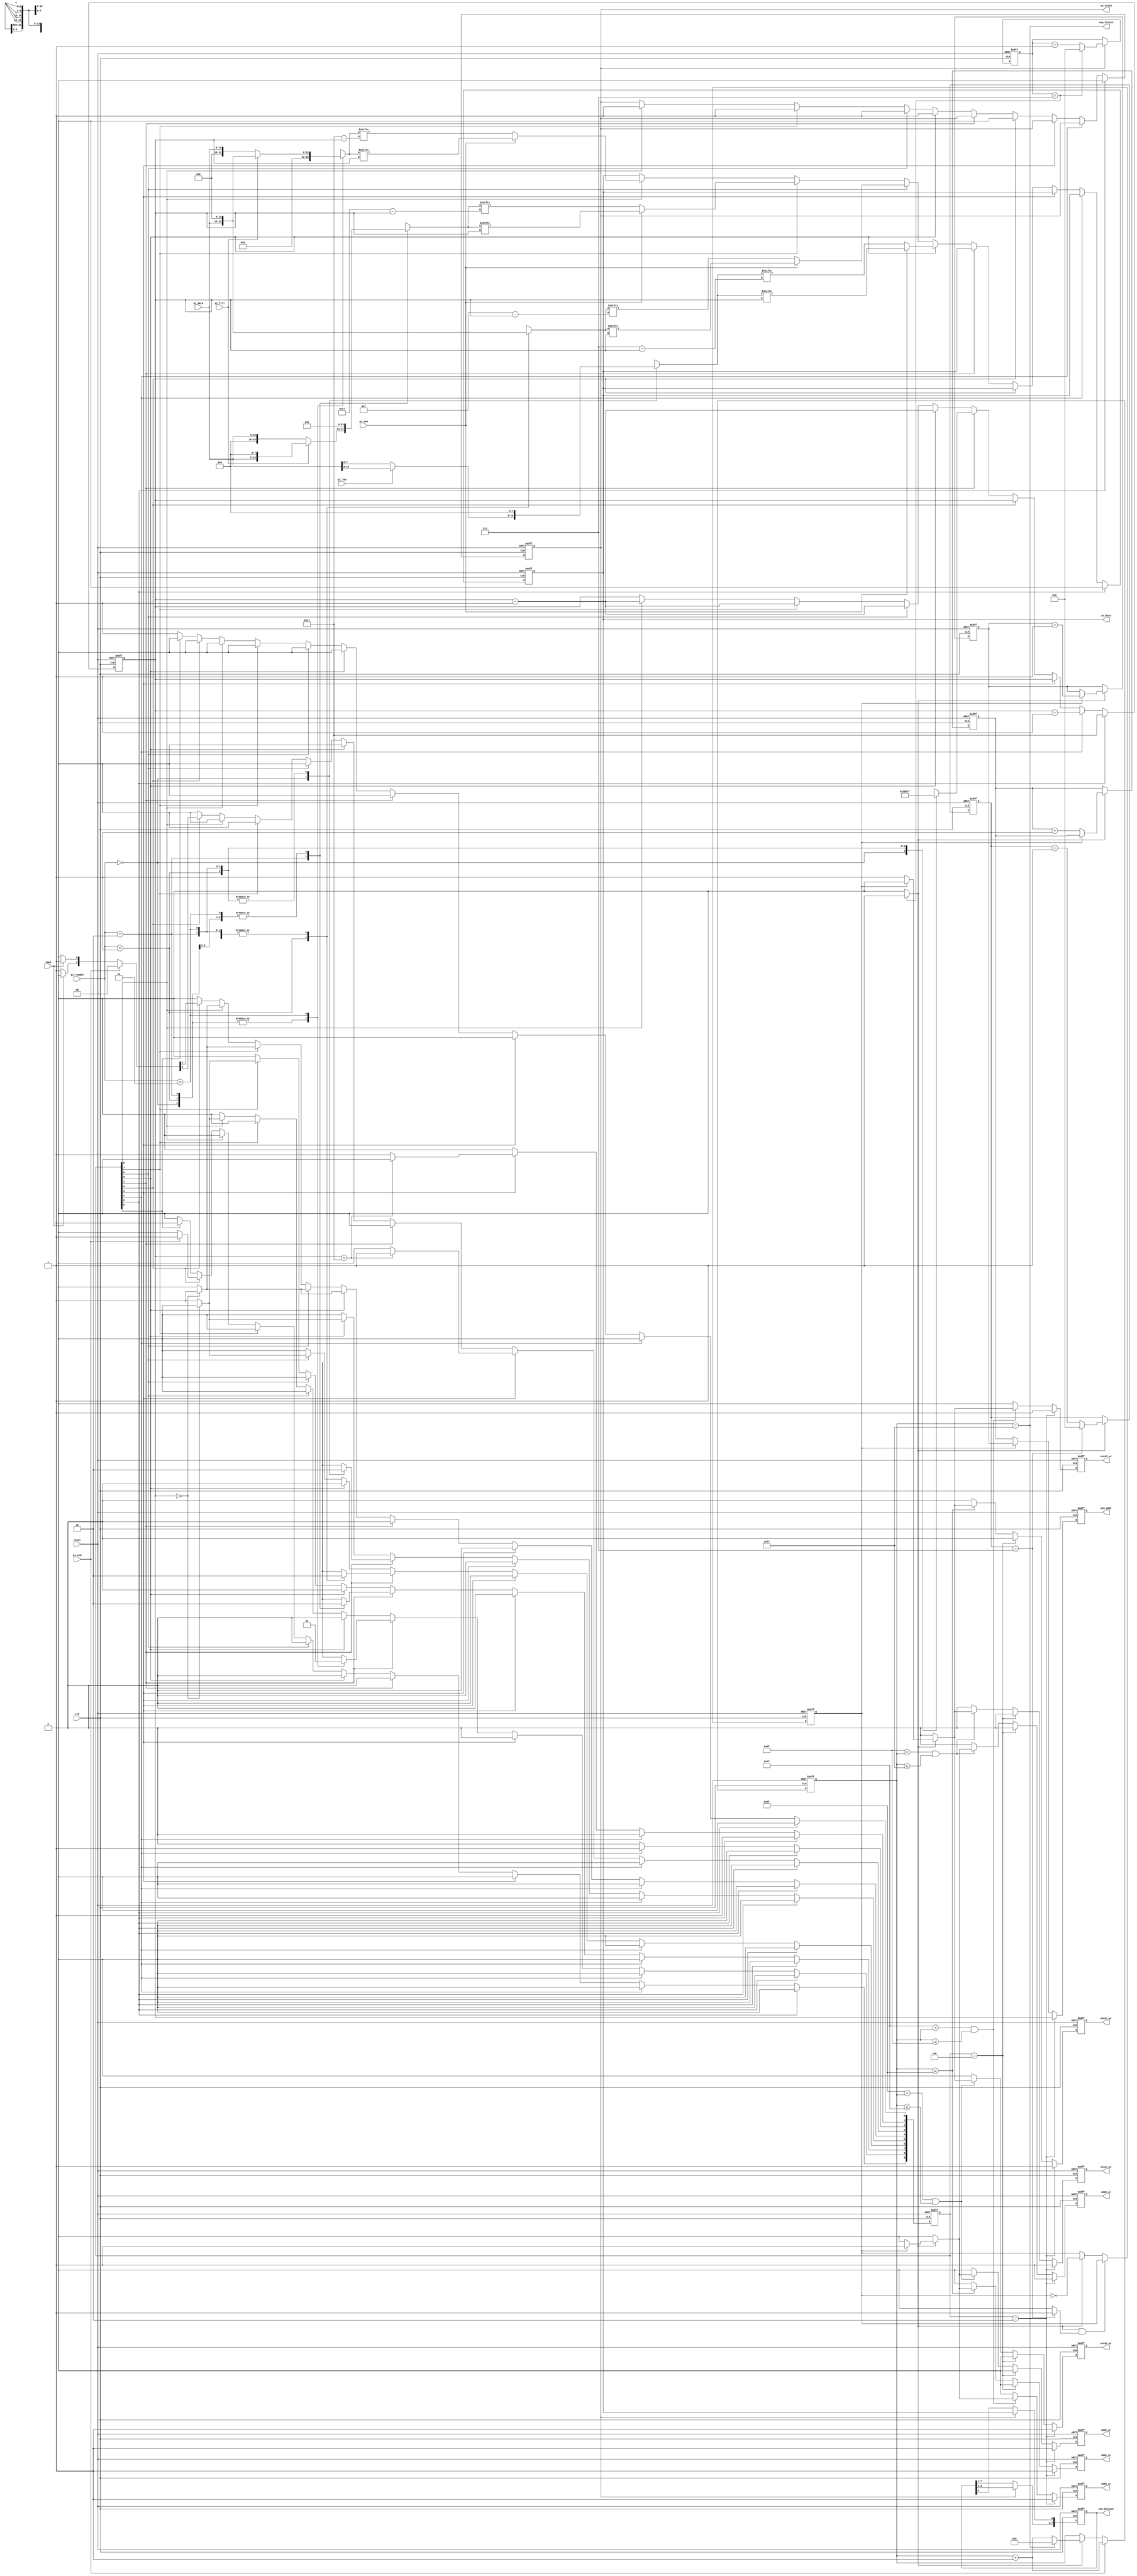
module STI_DAC(clk ,reset, load, pi_data, pi_length, pi_fill, pi_msb, pi_low, pi_end,
	       so_data, so_valid,
	       oem_finish, oem_dataout, oem_addr,
	       odd1_wr, odd2_wr, odd3_wr, odd4_wr, even1_wr, even2_wr, even3_wr, even4_wr);

input		clk, reset;
input		load, pi_msb, pi_low, pi_end; 
input	[15:0]	pi_data;
input	[1:0]	pi_length;
input		pi_fill;
output	reg so_data, so_valid;
output  reg odd1_wr, odd2_wr, odd3_wr, odd4_wr, even1_wr, even2_wr, even3_wr, even4_wr;
output oem_finish;
output  reg [4:0] oem_addr;
output   [7:0] oem_dataout;

//==============================================================================
/// write my code here

parameter IDLE = 0,	  
		  CLEAR = 1,
		  CLEAR2 = 2,
		  READ = 3,
		  WAIT = 4,
		  DATA_OUT8 = 5,
		  DATA_OUT16 = 6,
		  DATA_OUT24 = 7,
		  DATA_OUT32 = 8,
		  DONE = 9;

reg [9:0] cs, ns;


//var for seqential logic
reg [7:0] o_8bit;
reg [15:0] o_16bit;
reg [23:0] o_24bit;
reg [31:0] o_32bit;
reg [4:0] so_cnt;

wire [0:7] o_8bit_rev;
wire [0:15] o_16bit_rev;
wire [0:23] o_24bit_rev;
wire [0:31] o_32bit_rev;

///comobintation logic

always@(*)begin
	case(pi_length)
		2'b00:begin
			o_8bit = (pi_low)? (pi_data[15:8]):(pi_data[7:0]);
			o_16bit = 'd0;
			o_24bit = 'd0;
			o_32bit = 'd0;
		end
		2'b01: begin
			o_8bit = 'd0;
			o_16bit = pi_data;
			o_24bit = 'd0;
			o_32bit = 'd0;
		end
		2'b10: begin
			o_8bit = 'd0;
			o_16bit = 'd0;
			o_24bit = (pi_fill)? ({pi_data,{8'd0}}):({{8'd0},pi_data});
			o_32bit = 'd0;
		end
		2'b11:begin
			o_8bit = 'd0;
			o_16bit = 'd0;
			o_24bit = 'd0;
			o_32bit = (pi_fill)? ({pi_data,{16'd0}}):({{16'd0},pi_data});
		end
	endcase
end
assign o_8bit_rev[0:7] = o_8bit[7:0];
assign o_16bit_rev[0:15] = o_16bit[15:0];
assign o_24bit_rev[0:23] = o_24bit[23:0];
assign o_32bit_rev[0:31] = o_32bit[31:0];

///FSM HERE
// cs logic
always@(posedge clk or posedge reset)begin
	if(reset)begin
		cs <= 'd0;
		cs[IDLE] <= 1'd1;
	end
	else cs <= ns;
end
// after clear jump to read
//ns logic
always@(*)begin
	ns = 'd0;
	case(1'd1)
		cs[IDLE]: ns[CLEAR] = 1'd1;
		cs[CLEAR]: ns[CLEAR2] = 1'd1;
		cs[CLEAR2]: begin
			if(so_cnt == 'd31) ns[READ] = 1'd1;
			else ns[CLEAR] = 1'd1;
		end
		cs[READ]:begin
			case(pi_length)
				2'b00: ns[DATA_OUT8] = 1'd1;
				2'b01: ns[DATA_OUT16] = 1'd1;
				2'b10: ns[DATA_OUT24] = 1'd1;
				2'b11: ns[DATA_OUT32] = 1'd1;
			endcase
		end
		cs[DATA_OUT8]:begin
			if(so_cnt == 5'd0) ns[WAIT] = 1'd1;
			else ns[DATA_OUT8] = 1'd1;
		end
		cs[DATA_OUT16]:begin
			if(so_cnt == 5'd0) ns[WAIT] = 1'd1;
			else ns[DATA_OUT16] = 1'd1;
		end
		cs[DATA_OUT24]:begin
			if(so_cnt == 5'd0) ns[WAIT] = 1'd1;
			else ns[DATA_OUT24] = 1'd1;
		end
		cs[DATA_OUT32]:begin
			if(so_cnt == 5'd0) ns[WAIT] = 1'd1;
			else ns[DATA_OUT32] = 1'd1;
		end
		cs[WAIT]:begin
			if(pi_end) ns[DONE] = 1'd1;
			else if(load) ns[READ] = 1'd1;
			else ns[WAIT] = 1'd1;
		end
		cs[DONE]: ns[DONE] = 1'd1;
		default: ns[IDLE] = 1'd1;
	endcase
end

//registered output logic
always@(posedge clk or posedge reset)begin
	if(reset)begin
		so_data <= 1'd0;
		so_valid <= 1'd0;
		so_cnt <= 'd0;
	end
	else begin
		case(1'd1)
			cs[IDLE]:begin 
				so_data <= 1'd0;
				so_valid <= 1'd0;
				so_cnt <= 'd31;
			end
			cs[CLEAR]:begin
				so_cnt <= so_cnt + 1'd1;
			end
			cs[CLEAR2]:begin
				
			end
			cs[WAIT]:begin
				so_valid <= 1'd0;
			end
			cs[READ]:begin
				case(pi_length)
					2'b00: so_cnt <= 5'd7;
					2'b01: so_cnt <= 5'd15;
					2'b10: so_cnt <= 5'd23;
					2'b11: so_cnt <= 5'd31;
				endcase
			end
			cs[DATA_OUT8]:begin
				so_valid <= 1'd1;
				so_cnt <= so_cnt - 1'd1;
				if(pi_msb)	so_data <= o_8bit[so_cnt];
				else 		so_data <= o_8bit_rev[so_cnt];
			end
			cs[DATA_OUT16]:begin
				so_valid <= 1'd1;
				so_cnt <= so_cnt - 1'd1;
				if(pi_msb)	so_data <= o_16bit[so_cnt];
				else 		so_data <= o_16bit_rev[so_cnt];
			end
			cs[DATA_OUT24]:begin
				so_valid <= 1'd1;
				so_cnt <= so_cnt - 1'd1;
				if(pi_msb)	so_data <= o_24bit[so_cnt];
				else 		so_data <= o_24bit_rev[so_cnt];
			end
			cs[DATA_OUT32]:begin
				so_valid <= 1'd1;
				so_cnt <= so_cnt - 1'd1;
				if(pi_msb)	so_data <= o_32bit[so_cnt];
				else 		so_data <= o_32bit_rev[so_cnt];
			end
			cs[DONE]:begin
			end
		endcase
	end
end

///DAC
reg [8:0] mem_num;
reg [3:0] line_cnt;
reg [7:0] data_buffer;
reg [3:0] data_cnt;
reg [4:0] odd_cnt;
reg [4:0] even_cnt;
reg odd_even;
wire line_en;
wire data_buffer_en;
assign line_en = (line_cnt == 4'd7)? 1'd1: 1'd0;
assign data_buffer_en = ((data_cnt == 4'd7))? 1'd1: 1'd0;
assign oem_dataout = data_buffer;
// assign oem_addr = (odd_even)? odd_cnt: even_cnt;
assign oem_finish = (mem_num == 9'd255 );



//once for one bit data
/// check correct
always@(posedge clk or posedge reset)begin
	if(reset) data_cnt <= 4'd0;
	else if (so_valid)begin
		if(data_cnt == 4'd7) data_cnt <= 'd0;
		else data_cnt <= data_cnt + 1'd1;
	end
end

//check correct
always@(posedge clk or posedge reset)begin
	if(reset) line_cnt <= 4'd0;
	else if(data_buffer_en) begin
		if(line_cnt == 4'd7) line_cnt <= 'd0;
		else line_cnt <= line_cnt + 1'd1;
	end
end

//check correct
// word cnt 0 ~ 255
always@(posedge clk or posedge reset)begin
	if(reset) mem_num <= 9'd0;
	else if(pi_end) mem_num <= mem_num + 1'd1;
	else if (data_buffer_en) begin
		if(mem_num == 9'd255) mem_num <= 'd0;
		else mem_num <= mem_num + 1'd1;
	end
end

//check correct
always@(posedge clk or posedge reset)begin
	if(reset) begin
		data_buffer <= 'd0;
	end
	else if(so_valid)begin
		data_buffer <= data_buffer << 1'd1;
		data_buffer[0] <= so_data;
	end
end

always@(posedge clk or posedge reset)begin
	if(reset) oem_addr <= 'd0;
	else if(cs == 'd2) oem_addr <= so_cnt;
	else oem_addr <= (odd_even)? odd_cnt: even_cnt;
end

// odd or even?
always@(posedge clk or posedge reset)begin
	if(reset)begin
		odd_even <= 1'd1;
	end
	else if(data_buffer_en && line_en) odd_even <= odd_even;
	else if(data_buffer_en) odd_even <= ~odd_even;
end

// odd_even count
always@(posedge clk or posedge reset)begin
	if(reset)begin
		odd_cnt <= 'd0;
		even_cnt <= 'd0;
	end
	else if(data_buffer_en)begin
		if(odd_even) odd_cnt <= odd_cnt + 1'd1;
		else even_cnt <= even_cnt + 1'd1;
	end
end

// wr control1
// wr odd1 ,even1
always@(posedge clk or posedge reset)begin
	if(reset)begin
		odd1_wr <= 'd0;
		even1_wr <= 'd0;
	end
	else if(cs  == 'd2)begin
		odd1_wr <= 1'd1;
		even1_wr <= 1'd1;
	end
	else if(cs == 'd4)begin
		odd1_wr <= 1'd0;
		even1_wr <= 1'd0;
	end
	else if(mem_num <= 9'd63)begin
		if(data_buffer_en)begin
			if(odd_even)begin
				odd1_wr <= 1'd1;
				even1_wr <= 1'd0;
			end
			else begin
				odd1_wr <= 1'd0;
				even1_wr <= 1'd1;
			end
		end
		else begin
			odd1_wr <= 'd0;
			even1_wr <= 'd0;
		end
	end
	else begin
		odd1_wr <= 'd0;
		even1_wr <= 'd0;
	end
end	

// wr control2
// wr odd2 , even2
always@(posedge clk or posedge reset)begin
	if(reset)begin
		odd2_wr <= 'd0;
		even2_wr <= 'd0;
	end
	else if(cs  == 'd2)begin
		odd2_wr <= 1'd1;
		even2_wr <= 1'd1;
	end
	else if(cs == 'd4)begin
		odd2_wr <= 1'd0;
		even2_wr <= 1'd0;
	end
	else if((9'd63 < mem_num) && (mem_num <= 9'd127))begin
		if(data_buffer_en)begin
			if(odd_even)begin
				odd2_wr <= 1'd1;
				even2_wr <= 1'd0;
			end
			else begin
				odd2_wr <= 1'd0;
				even2_wr <= 1'd1;
			end
		end
		else begin
			odd2_wr <= 'd0;
			even2_wr <= 'd0;
		end
	end
	else begin
		odd2_wr <= 'd0;
		even2_wr <= 'd0;
	end
end

//wr control3
//wr odd3 , even3
always@(posedge clk or posedge reset)begin
	if(reset)begin
		odd3_wr <= 'd0;
		even3_wr <= 'd0;
	end
	else if(cs  == 'd2)begin
		odd3_wr <= 1'd1;
		even3_wr <= 1'd1;
	end
	else if(cs == 'd2)begin
		odd3_wr <= 1'd0;
		even3_wr <= 1'd0;
	end
	else if((9'd127 < mem_num) && (mem_num <= 9'd191))begin
		if(data_buffer_en)begin
			if(odd_even)begin
				odd3_wr <= 1'd1;
				even3_wr <= 1'd0;
			end
			else begin
				odd3_wr <= 1'd0;
				even3_wr <= 1'd1;
			end
		end
		else begin
			odd3_wr <= 'd0;
			even3_wr <= 'd0;
		end
	end
	else begin
		odd3_wr <= 'd0;
		even3_wr <= 'd0;
	end
end

//wr control4
//wr odd4 , even4
always@(posedge clk or posedge reset)begin
	if(reset)begin
		odd4_wr <= 'd0;
		even4_wr <= 'd0;
	end
	else if(cs  == 'd2)begin
		odd4_wr <= 1'd1;
		even4_wr <= 1'd1;
	end
	else if(cs == 'd4)begin
		odd4_wr <= 1'd0;
		even4_wr <= 1'd0;
	end
	else if((9'd191 < mem_num) && (mem_num <= 9'd255))begin
		if(data_buffer_en)begin
			if(odd_even)begin
				odd4_wr <= 1'd1;
				even4_wr <= 1'd0;
			end
			else begin
				odd4_wr <= 1'd0;
				even4_wr <= 1'd1;
			end
		end
		else begin
			odd4_wr <= 'd0;
			even4_wr <= 'd0;
		end
	end
	else begin
		odd4_wr <= 'd0;
		even4_wr <= 'd0;
	end
end


endmodule